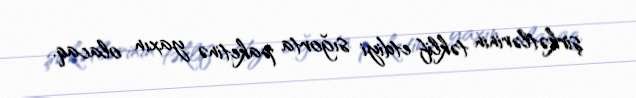
şirkətlərinin təklif etdiyi sığorta paketinə yaxın olacaq.